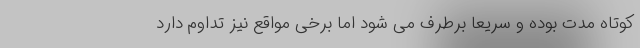
کوتاه مدت بوده و سریعا برطرف می شود اما برخی مواقع نیز تداوم دارد